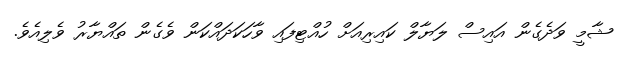
ޝާމީ ވަދެގެން އައިސް ލަޔާލް ކައިރިއަށް ހުއްޓިފައި ވާހަކަދައްކަން ވެގެން ތައްޔާރު ވެލިއެވެ.